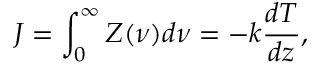
J = \int _ { 0 } ^ { \infty } Z ( \nu ) d \nu = - k \frac { d T } { d z } ,